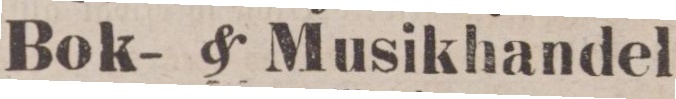
Bok- & Musikhandel